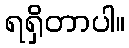
ရရှိတာပါ။